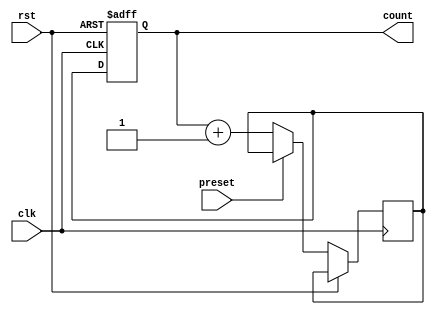
module binary_counter(
  input clk,
  input rst,
  input preset,
  output reg [2:0] count
);

// Registers
reg [2:0] next_count;

// Counter logic
always @(posedge clk or posedge rst)
begin
  if (rst) begin
    count <= 3'b0;
  end else if (preset) begin
    count <= next_count;
  end else begin
    next_count <= count + 1;
    count <= next_count;
  end
end

endmodule